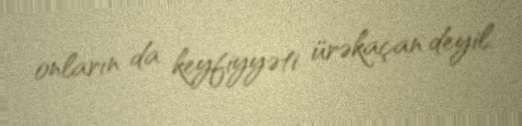
onların da keyfiyyəti ürəkaçan deyil.